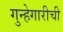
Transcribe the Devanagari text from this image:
गुन्हेगारीची